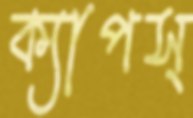
ক্যাপস্